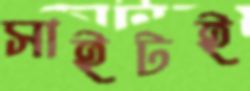
সাইটই